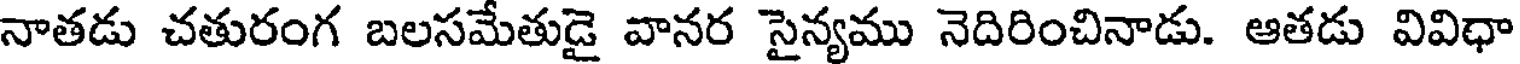
నాతడు చతురంగ బలసమేతుడై వానర సైన్యము నెదిరించినాడు. ఆతడు వివిధా